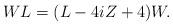
LaTeX: \begin{align*}WL=(L-4iZ+4)W.\end{align*}